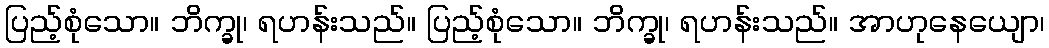
ပြည့်စုံသော။ ဘိက္ခု၊ ရဟန်းသည်။ ပြည့်စုံသော။ ဘိက္ခု၊ ရဟန်းသည်။ အာဟုနေယျော၊